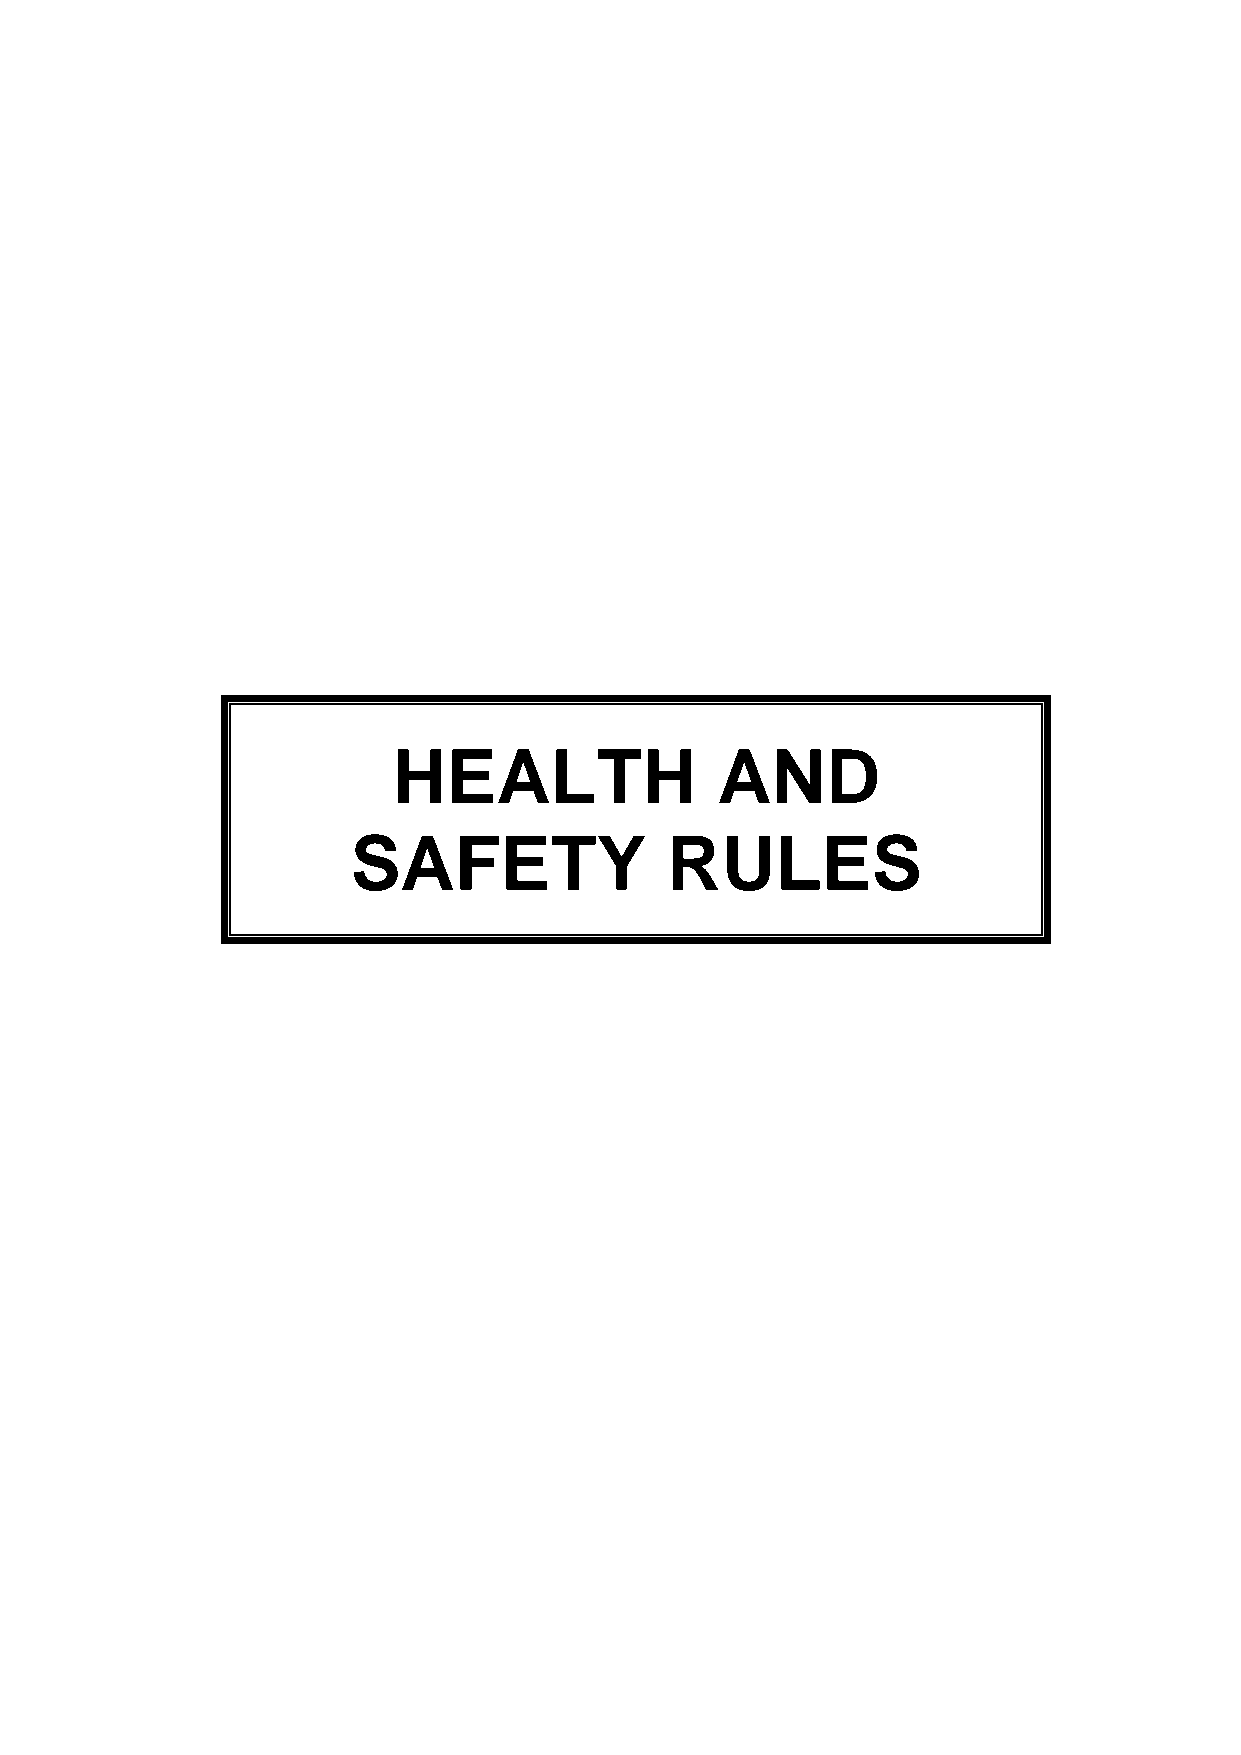
HEALTH               AND
 SAFETY               RULES